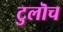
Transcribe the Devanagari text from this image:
टुलॊच